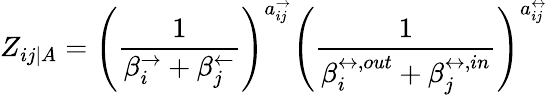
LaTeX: Z_{ij|A}=\left(\frac{1}{\beta_{i}^{\rightarrow}+\beta_{j}^{\leftarrow}}\right)^{a_{ij}^{\rightarrow}}\left(\frac{1}{\beta_{i}^{\leftrightarrow,out}+\beta_{j}^{\leftrightarrow,in}}\right)^{a_{ij}^{\leftrightarrow}}